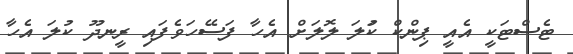
ޓެސްޓަކީ އެއީ ޕިންކް ކުަލަ ލޮލަށް އެހާ ފަސޭހަވެފައި ރީނދޫ ކުލަ އެހާ